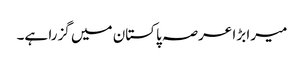
میرا بڑا عرصہ پاکستان میں گزرا ہے۔